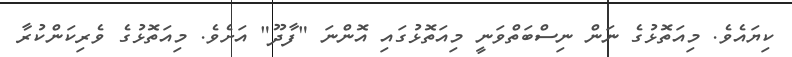
ކިޔައެވެ. މިއަތޮޅުގެ ނަން ނިސްބަތްވަނީ މިއަތޮޅުގައި އޮންނަ "ފާދޫ" އަށެވެ. މިއަތޮޅުގެ ވެރިކަންކުރާ